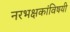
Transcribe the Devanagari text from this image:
नरभक्षकांविषयी